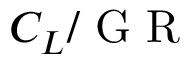
C _ { L } / \mathrm { ~ G ~ R ~ }